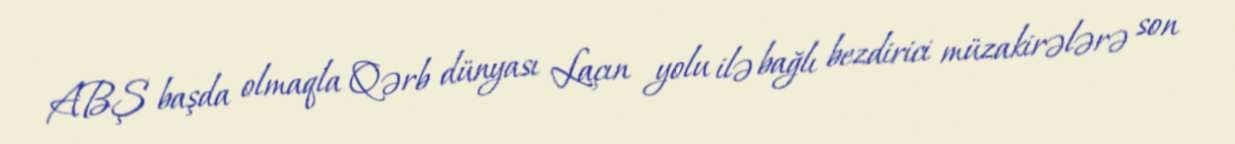
ABŞ başda olmaqla Qərb dünyası Laçın yolu ilə bağlı bezdirici müzakirələrə son